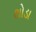
થોડા